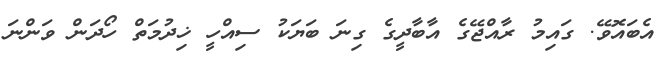
އެބައޮވޭ. ގައިމު ރާއްޖޭގެ އާބާދީގެ ގިނަ ބަޔަކު ސިއްހީ ޚިދުމަތް ހޯދަން ވަންނަ